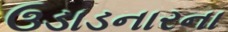
ઉડાડનારના